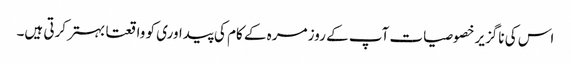
اس کی ناگزیر خصوصیات آپ کے روز مرہ کے کام کی پیداوری کو واقعتا بہتر کرتی ہیں۔